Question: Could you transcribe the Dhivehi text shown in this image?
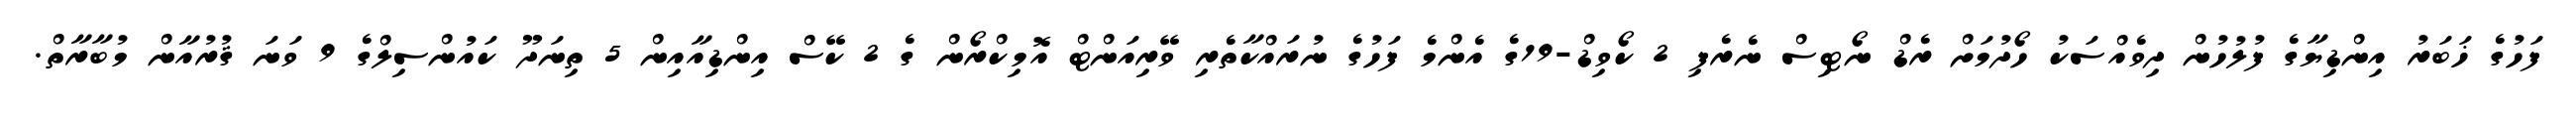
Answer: ފަހުގެ ޚަބަރު އިންޑިޔާގެ ފުލުހުން ދިވެއްސަކު ހޯދުމަށް ރެޑް ނޯޓިސް ނެރެފި 2 ކޯވިޑް-19ގެ އެންމެ ފަހުގެ ނުރައްކާތެރި ވޭރިއަންޓް އޮމިކްރޯން ގެ 2 ކޭސް އިންޑިއާއިން 5 ތިނަދޫ ކައުންސިލްގެ 9 ވަނަ ޤުރުއާން މުބާރާތް.